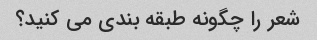
شعر را چگونه طبقه بندی می کنید؟